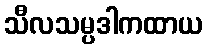
သီလသမ္ပဒါကထာယ